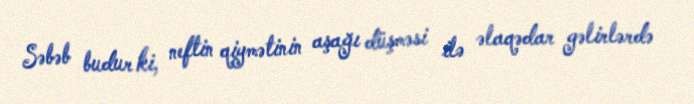
Səbəb budur ki, neftin qiymətinin aşağı düşməsi ilə əlaqədar gəlirlərdə